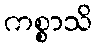
ကစ္စာသိ